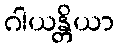
ဂါယန္တိယာ